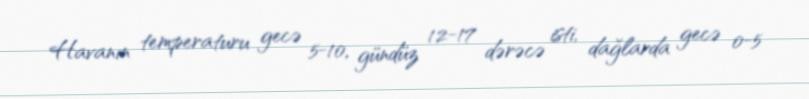
Havanın temperaturu gecə 5-10, gündüz 12-17 dərəcə isti, dağlarda gecə 0-5